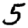
Digit: 5